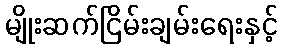
မျိုးဆက်ငြိမ်းချမ်းရေးနှင့်